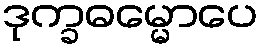
ဒုက္ခဓမ္မောပေ